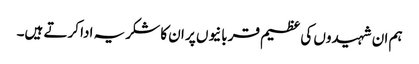
ہم ان شہیدوں کی عظیم قربانیوں پر ان کا شکریہ ادا کرتے ہیں۔